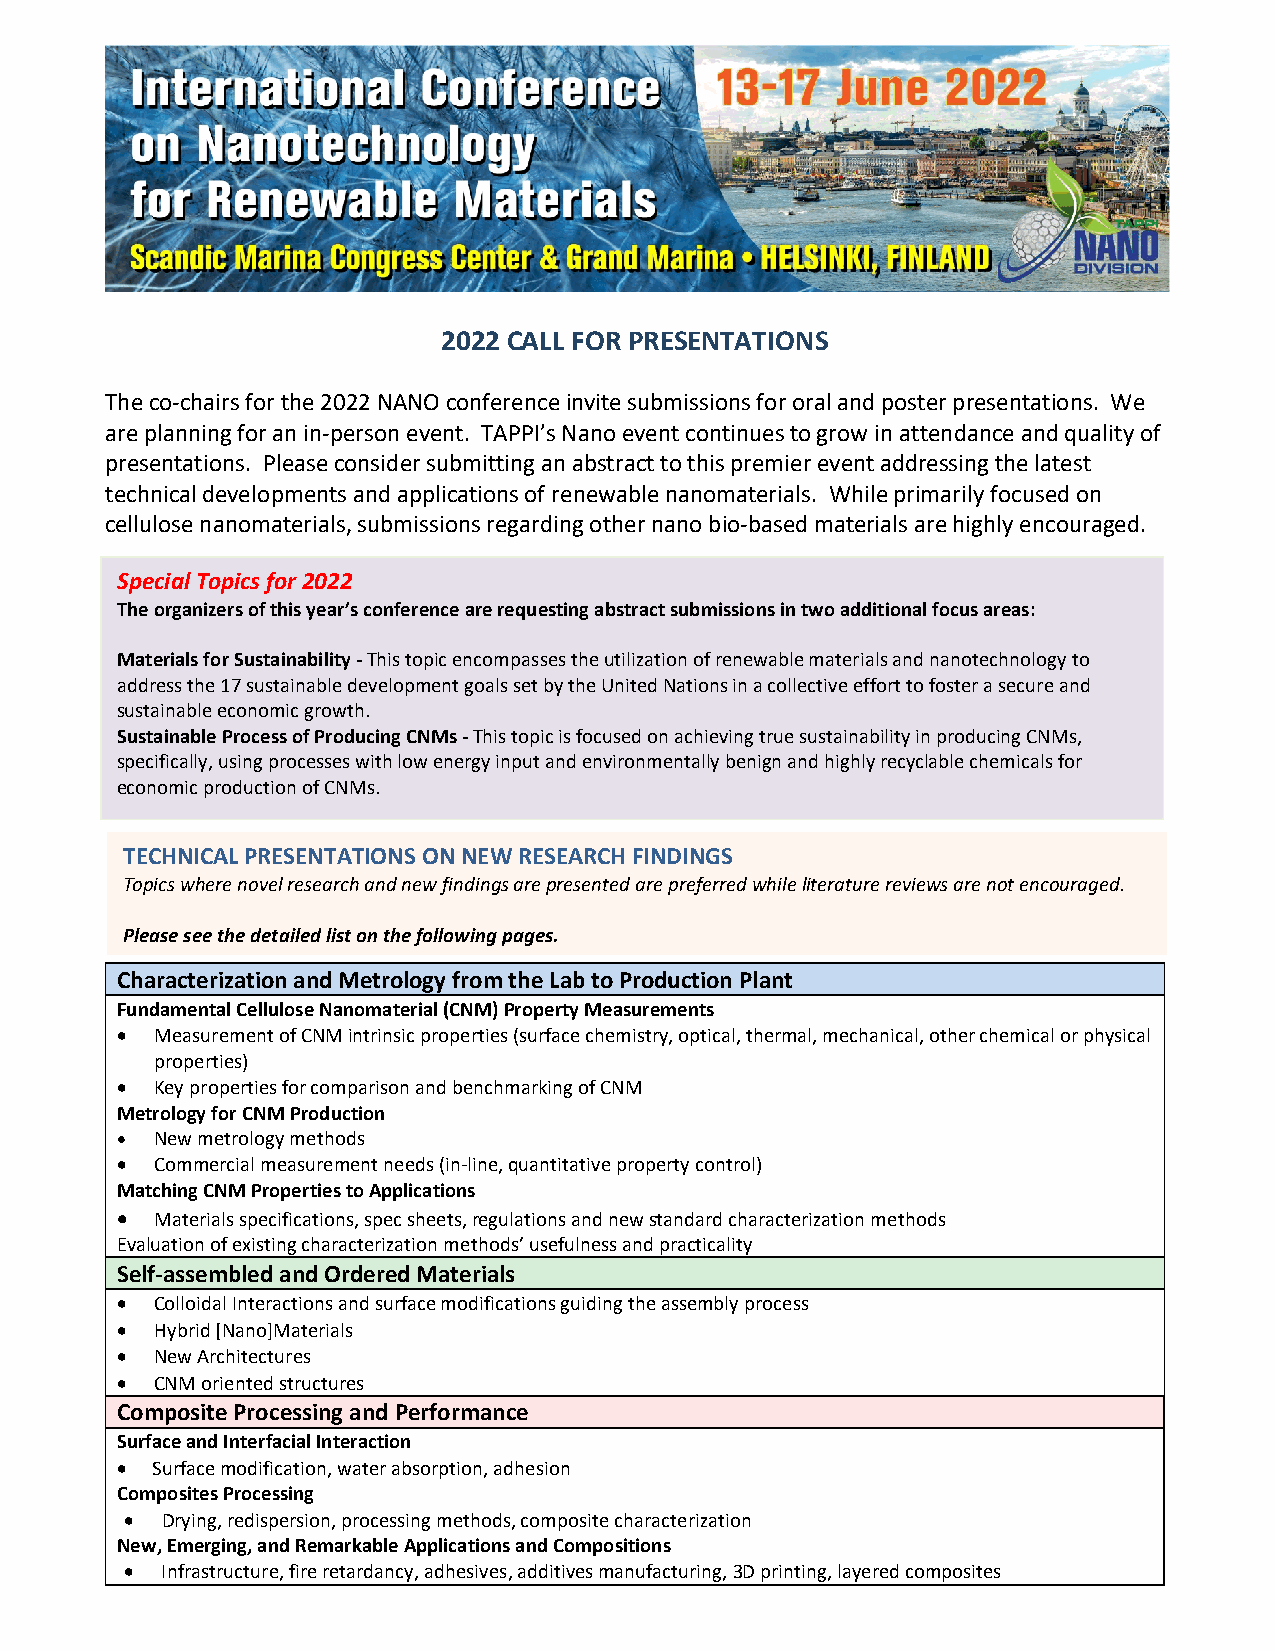
2022 CALL FOR PRESENTATIONS
 The co-chairs for the 2022 NANO conference invite submissions for oral and poster presentations. We
 are planning for an in-person event. TAPPI’s Nano event continues to grow in attendance and quality of
 presentations. Please consider submitting an abstract to this premier event addressing the latest
 technical developments and applications of renewable nanomaterials. While primarily focused on
 cellulose nanomaterials, submissions regarding other nano bio-based materials are highly encouraged.
 Special Topics for 2022
 The organizers of this year’s conference are requesting abstract submissions in two additional focus areas:
 Materials for Sustainability - This topic encompasses the utilization of renewable materials and nanotechnology to
 address the 17 sustainable development goals set by the United Nations in a collective effort to foster a secure and
 sustainable economic growth.
 Sustainable Process of Producing CNMs - This topic is focused on achieving true sustainability in producing CNMs,
 specifically, using processes with low energy input and environmentally benign and highly recyclable chemicals for
 economic production of CNMs.
 TECHNICAL PRESENTATIONS ON NEW RESEARCH FINDINGS
 Topics where novel research and new findings are presented are preferred while literature reviews are not encouraged.
 Please see the detailed list on the following pages.
 Characterization and Metrology from the Lab to Production Plant
 Fundamental Cellulose Nanomaterial (CNM) Property Measurements
 • Measurement of CNM intrinsic properties (surface chemistry, optical, thermal, mechanical, other chemical or physical
 properties)
 • Key properties for comparison and benchmarking of CNM
 Metrology for CNM Production
 • New metrology methods
 • Commercial measurement needs (in-line, quantitative property control)
 Matching CNM Properties to Applications
 • Materials specifications, spec sheets, regulations and new standard characterization methods
 Evaluation of existing characterization methods’ usefulness and practicality
 Self-assembled and Ordered Materials
 • Colloidal Interactions and surface modifications guiding the assembly process
 • Hybrid [Nano]Materials
 • New Architectures
 • CNM oriented structures
 Composite Processing and Performance
 Surface and Interfacial Interaction
 • Surface modification, water absorption, adhesion
 Composites Processing
 •  Drying, redispersion, processing methods, composite characterization
 New, Emerging, and Remarkable Applications and Compositions
 •  Infrastructure, fire retardancy, adhesives, additives manufacturing, 3D printing, layered composites